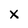
Character: X